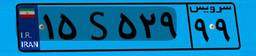
۶۹S۷۴۰۲۲